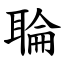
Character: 䎾